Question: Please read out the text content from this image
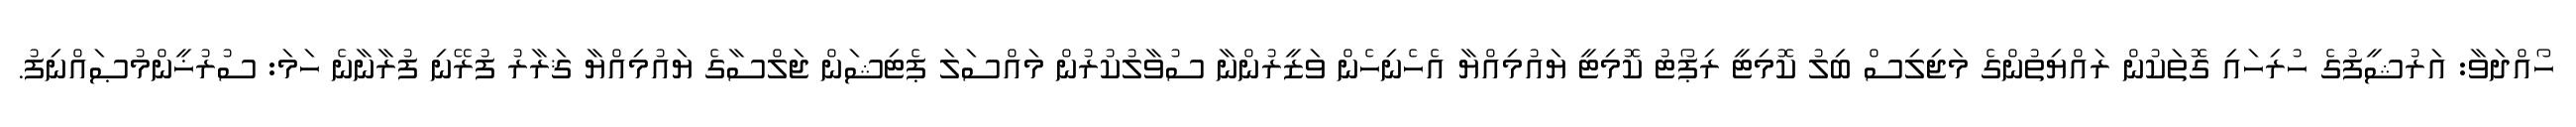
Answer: ހޯއްދަވާ: އަރުޝީފުގެ ހުރިހައި ގޮތަކުން ރައްޔިތުންގެ މަޖިލިސް ބިލު ކޮމިޓީ ރިޕޯޓު ކޮމިޓީ ޔައުމިއްޔާ އެހެނިހެން ވަޒީރުންނާ ސުވާލުކުރުން މައްސަލަ ޕެޓިޝަން ޖަލްސާގެ ޔައުމިއްޔާ ޤަރާރު ފުރޭނި ފުރާނާނެ ހަމަ: ސުރުޚީންމުޞައްނިފު.